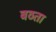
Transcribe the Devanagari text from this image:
बठता